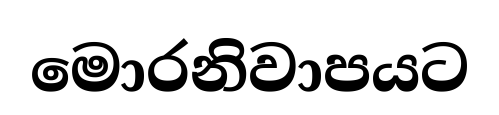
මොරනිවාපයට